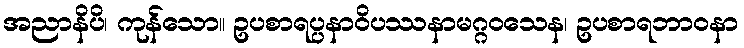
အညာနိပိ၊ ကုန်သော။ ဥပစာရပ္ပနာဝိပဿနာမဂ္ဂဝသေန၊ ဥပစာရဘာဝနာ